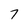
Character: 7